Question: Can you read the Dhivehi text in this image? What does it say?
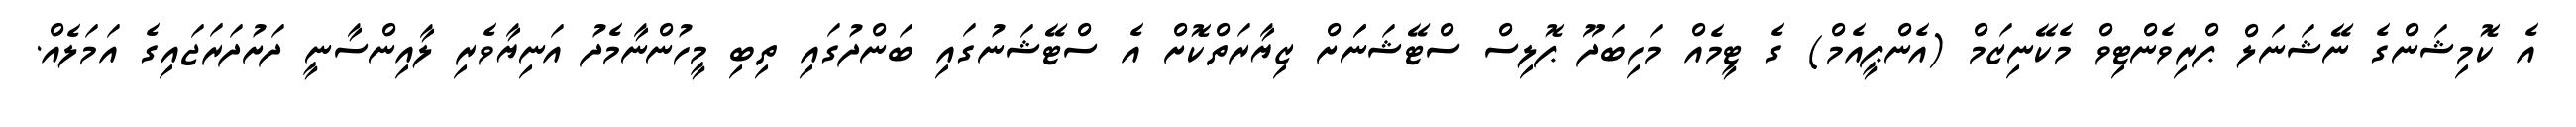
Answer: އެ ކޮމިޝަންގެ ނޭޝަނަލް ޕްރިވެންޓިވް މެކޭނިޒަމް (އެންޕީއެމް) ގެ ޓީމެއް މަހިބަދޫ ޕޮލިސް ސްޓޭޝަނަަށް ޒިޔާރަތްކޮށް އެ ސްޓޭޝަނުގައި ބަންދުގައި ތިބި މީހުންނާމެދު އަނިޔާވެރި ލާއިންސާނީ ދަށުދަރަޖައިގެ އަމަލެއް.